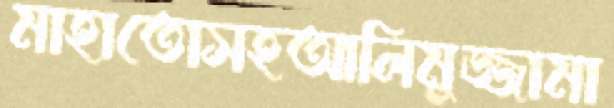
মাহাতোসহআলিমুজ্জামা